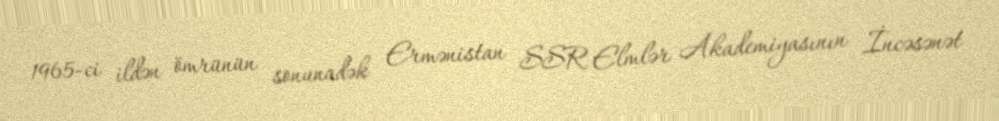
1965-ci ildən ömrünün sonunadək Ermənistan SSR Elmlər Akademiyasının İncəsənət